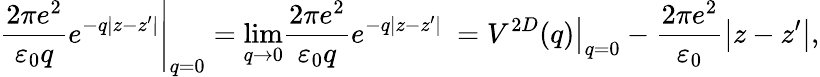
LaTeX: {\left.\frac{2\pi e^{2}}{{\varepsilon}_{0}q}e^{-q\left|z-z{'}\right|}\right|}_{q=0}={\mathop{\mathrm{lim}}_{q\to 0}\frac{2\pi e^{2}}{{\varepsilon}_{0}q}e^{-q\left|z-z{'}\right|}\ }={\left.V^{2D}(q)\right|}_{q=0}-\frac{2\pi e^{2}}{{\varepsilon}_{0}}\left|z-z{'}\right|,